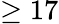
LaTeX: \geq 17